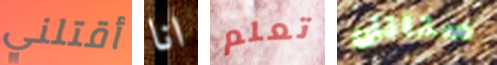
أقتلني انا تعلم ستانلى